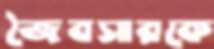
জৈবসারকে